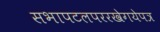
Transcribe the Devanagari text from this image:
सभापटलपररखेगयेपत्र